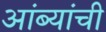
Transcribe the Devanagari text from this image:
आंब्यांची